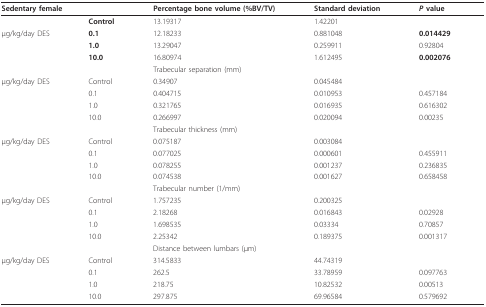
<table><thead><tr><td colspan="2"><b>Sedentary female</b></td><td><b>Percentage bone volume (%BV/TV)</b></td><td><b>Standard deviation</b></td><td><b><i>P </i>value</b></td></tr></thead><tbody><tr><td></td><td><b>Control</b></td><td>13.19317</td><td>1.42201</td><td></td></tr><tr><td>μg/kg/day DES</td><td><b>0.1</b></td><td>12.18233</td><td>0.881048</td><td><b>0.014429</b></td></tr><tr><td></td><td><b>1.0</b></td><td>13.29047</td><td>0.259911</td><td>0.92804</td></tr><tr><td></td><td><b>10.0</b></td><td>16.80974</td><td>1.612495</td><td><b>0.002076</b></td></tr><tr><td></td><td></td><td>Trabecular separation (mm)</td><td></td><td></td></tr><tr><td>μg/kg/day DES</td><td>Control</td><td>0.34907</td><td>0.045484</td><td></td></tr><tr><td></td><td>0.1</td><td>0.404715</td><td>0.010953</td><td>0.457184</td></tr><tr><td></td><td>1.0</td><td>0.321765</td><td>0.016935</td><td>0.616302</td></tr><tr><td></td><td>10.0</td><td>0.266997</td><td>0.020094</td><td>0.00235</td></tr><tr><td></td><td></td><td>Trabecular thickness (mm)</td><td></td><td></td></tr><tr><td>μg/kg/day DES</td><td>Control</td><td>0.075187</td><td>0.003084</td><td></td></tr><tr><td></td><td>0.1</td><td>0.077025</td><td>0.000601</td><td>0.455911</td></tr><tr><td></td><td>1.0</td><td>0.078255</td><td>0.001237</td><td>0.236835</td></tr><tr><td></td><td>10.0</td><td>0.074538</td><td>0.001627</td><td>0.658458</td></tr><tr><td></td><td></td><td>Trabecular number (1/mm)</td><td></td><td></td></tr><tr><td>μg/kg/day DES</td><td>Control</td><td>1.757235</td><td>0.200325</td><td></td></tr><tr><td></td><td>0.1</td><td>2.18268</td><td>0.016843</td><td>0.02928</td></tr><tr><td></td><td>1.0</td><td>1.698535</td><td>0.03334</td><td>0.70857</td></tr><tr><td></td><td>10.0</td><td>2.25342</td><td>0.189375</td><td>0.001317</td></tr><tr><td></td><td></td><td>Distance between lumbars (μm)</td><td></td><td></td></tr><tr><td>μg/kg/day DES</td><td>Control</td><td>314.5833</td><td>44.74319</td><td></td></tr><tr><td></td><td>0.1</td><td>262.5</td><td>33.78959</td><td>0.097763</td></tr><tr><td></td><td>1.0</td><td>218.75</td><td>10.82532</td><td>0.00513</td></tr><tr><td></td><td>10.0</td><td>297.875</td><td>69.96584</td><td>0.579692</td></tr></tbody></table>